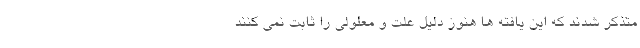
متذکر شدند که این یافته ها هنوز دلیل علت و معلولی را ثابت نمی کنند